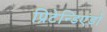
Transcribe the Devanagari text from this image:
प्रिटेन्डिएंडो